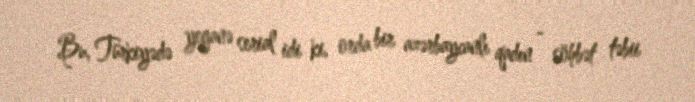
Bu, Türkiyədə yeganə serial idi ki, orda bir azərbaycanlı qadın - söhbət təbii